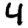
Digit: 4